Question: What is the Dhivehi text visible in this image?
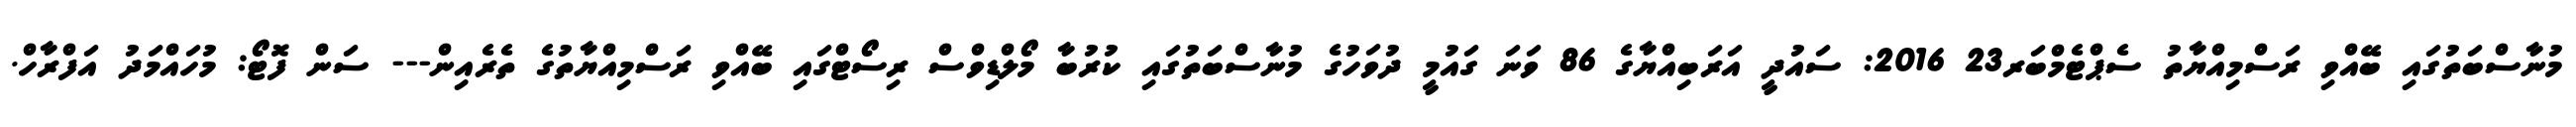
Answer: މުނާސްބަތުގައި ބޭއްވި ރަސްމިއްޔާތު ސެޕްޓެމްބަރ23 2016: ސައުދީ އަރަބިއްޔާގެ 86 ވަނަ ގައުމީ ދުވަހުގެ މުނާސްބަތުގައި ކުރުބާ މޯލްޑިވްސް ރިސޯޓްގައި ބޭއްވި ރަސްމިއްޔާތުގެ ތެރެއިން--- ސަން ފޮޓޯ: މުހައްމަދު އަފްރާހް.